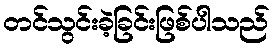
တင်သွင်းခဲ့ခြင်းဖြစ်ပါသည်